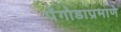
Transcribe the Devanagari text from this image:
पॅगोडाप्रमाणे